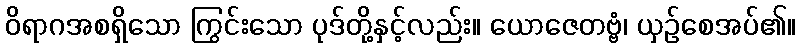
ဝိရာဂအစရှိသော ကြွင်းသော ပုဒ်တို့နှင့်လည်း။ ယောဇေတဗ္ဗံ၊ ယှဉ်စေအပ်၏။